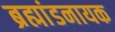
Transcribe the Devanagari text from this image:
ब्रह्मांडनायक